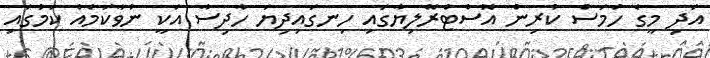
އަދި މީގެ ހަމަސް ކުރިން އޮސްޓްރޭލިޔާގައި ހިނގައިދިޔަ ހާދިސާ އަކީ ނުވާކަމެއް ކަމުގައި